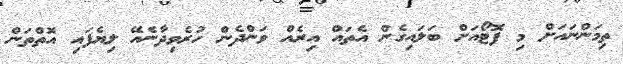
ތިމަންނައަށް މި ފޮޓޯއަށް ބަލައިގެން އެތައް އިރެއް ވަންދެން ހުރެވިދާނެއޭ ލިޔެފައި އޮތްތަން